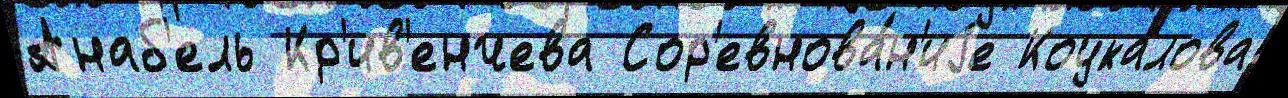
Анаб'ель Кр'ив'енчева Сор'евнова́н'иjе Коукалова